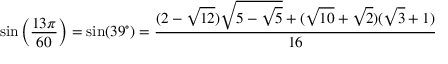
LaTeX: \sin \left( { \frac { 1 3 \pi } { 6 0 } } \right) = \sin ( 3 9 ^ { \circ } ) = { \frac { ( 2 - { \sqrt { 1 2 } } ) { \sqrt { 5 - { \sqrt { 5 } } } } + ( { \sqrt { 1 0 } } + { \sqrt { 2 } } ) ( { \sqrt { 3 } } + 1 ) } { 1 6 } }